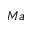
M a